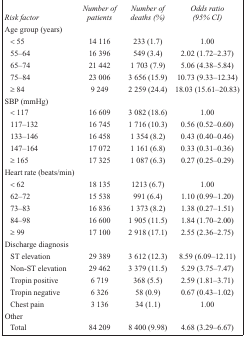
<table><thead><tr><td><b><i>Risk factor</i></b></td><td><b><i>Number of patients</i></b></td><td><b><i>Number of deaths (%)</i></b></td><td><b><i>Odds ratio (95% CI)</i></b></td></tr></thead><tbody><tr><td colspan="4">Age group (years)</td></tr><tr><td>&lt; 55</td><td>14 116</td><td>233 (1.7)</td><td>1.00</td></tr><tr><td>55–64</td><td>16 396</td><td>549 (3.4)</td><td>2.02 (1.72–2.37)</td></tr><tr><td>65–74</td><td>21 442</td><td>1 703 (7.9)</td><td>5.06 (4.38–5.84)</td></tr><tr><td>75–84</td><td>23 006</td><td>3 656 (15.9)</td><td>10.73 (9.33–12.34)</td></tr><tr><td>≥ 84</td><td>9 249</td><td>2 259 (24.4)</td><td>18.03 (15.61–20.83)</td></tr><tr><td colspan="4">SBP (mmHg)</td></tr><tr><td>&lt; 117</td><td>16 609</td><td>3 082 (18.6)</td><td>1.00</td></tr><tr><td>117–132</td><td>16 745</td><td>1 716 (10.3)</td><td>0.56 (0.52–0.60)</td></tr><tr><td>133–146</td><td>16 458</td><td>1 354 (8.2)</td><td>0.43 (0.40–0.46)</td></tr><tr><td>147–164</td><td>17 072</td><td>1 161 (6.8)</td><td>0.33 (0.31–0.36)</td></tr><tr><td>≥ 165</td><td>17 325</td><td>1 087 (6.3)</td><td>0.27 (0.25–0.29)</td></tr><tr><td colspan="4">Heart rate (beats/min)</td></tr><tr><td>&lt; 62</td><td>18 135</td><td>1213 (6.7)</td><td>1.00</td></tr><tr><td>62–72</td><td>15 538</td><td>991 (6.4)</td><td>1.10 (0.99–1.20)</td></tr><tr><td>73–83</td><td>16 836</td><td>1 373 (8.2)</td><td>1.38 (0.27–1.51)</td></tr><tr><td>84–98</td><td>16 600</td><td>1 905 (11.5)</td><td>1.84 (1.70–2.00)</td></tr><tr><td>≥ 99</td><td>17 100</td><td>2 918 (17.1)</td><td>2.55 (2.36–2.75)</td></tr><tr><td colspan="4">Discharge diagnosis</td></tr><tr><td>ST elevation</td><td>29 389</td><td>3 612 (12.3)</td><td>8.59 (6.09–12.11)</td></tr><tr><td>Non-ST elevation</td><td>29 462</td><td>3 379 (11.5)</td><td>5.29 (3.75–7.47)</td></tr><tr><td>Tropin positive</td><td>6 719</td><td>368 (5.5)</td><td>2.59 (1.81–3.71)</td></tr><tr><td>Tropin negative</td><td>6 326</td><td>58 (0.9)</td><td>0.67 (0.43–1.02)</td></tr><tr><td>Chest pain</td><td>3 136</td><td>34 (1.1)</td><td>1.00</td></tr><tr><td colspan="4">Other</td></tr><tr><td>Total</td><td>84 209</td><td>8 400 (9.98)</td><td>4.68 (3.29–6.67)</td></tr></tbody></table>